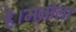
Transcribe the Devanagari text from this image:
है।मनीला